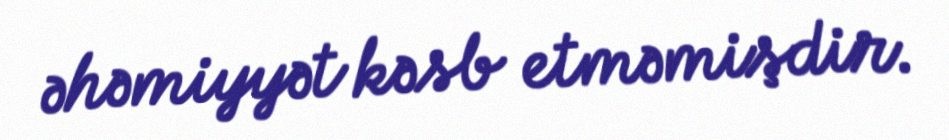
əhəmiyyət kəsb etməmişdir.